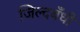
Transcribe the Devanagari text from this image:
जिल्दबँधी